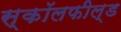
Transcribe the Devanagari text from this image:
स्कॉलफील्ड